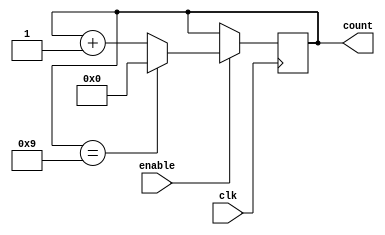
module BCD_Up_Counter_with_Enable (
    input clk,
    input enable,
    output reg [3:0] count
);

always @(posedge clk) begin
    if (enable) begin
        if (count == 4'b1001) begin
            count <= 4'b0000;
        end
        else begin
            count <= count + 1;
        end
    end
end

endmodule